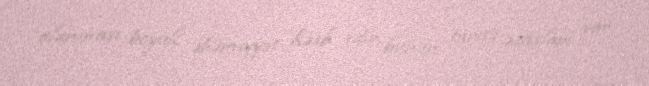
olunması böyük əhəmiyyət kəsb edir, bunun tarixi əsasları var.